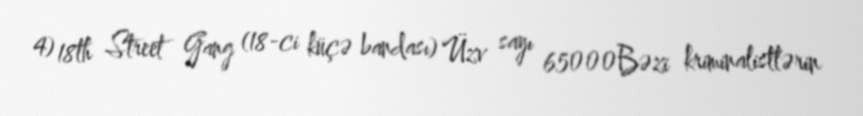
4) 18th Street Gang (18-ci küçə bandası) Üzv sayı 65000Bəzi kriminalistlərin